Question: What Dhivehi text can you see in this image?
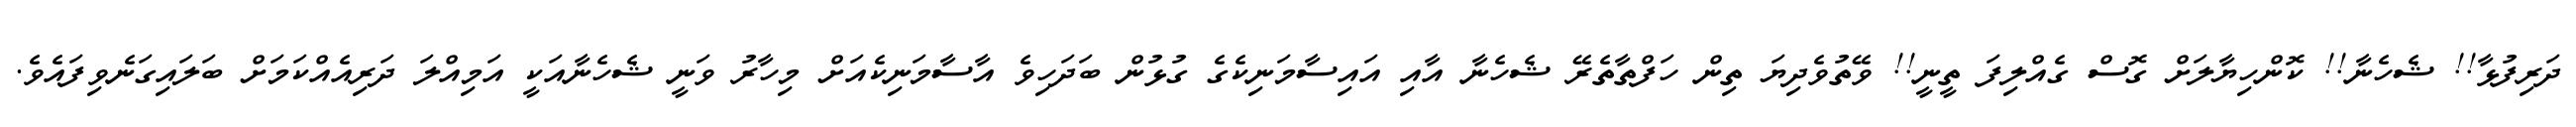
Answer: ދަރިފުޅާ!! ޝެހެނާ!! ކޮންހިޔާލަށް ގޮސް ގެއްލިފަ ތީނީ!! ވޭތުވެދިޔަ ތިން ހަފްތާތެރޭ ޝެހެނާ އާއި އައިސާމަނިކެގެ ގުޅުން ބަދަހިވެ އާސާމަނިކެއަށް މިހާރު ވަނީ ޝެހެނާއަކީ އަމިއްލަ ދަރިއެއްކަމަށް ބަލައިގަނެވިފައެވެ.